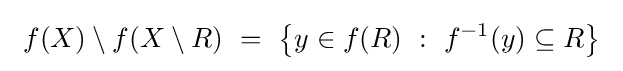
~f(X)\setminus f(X\setminus R)~=~\left\{y\in f(R)~:~f^{-1}(y)\subseteq R\right\}~